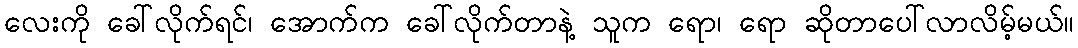
လေးကို ခေါ်လိုက်ရင်၊ အောက်က ခေါ်လိုက်တာနဲ့ သူက ရော၊ ရော ဆိုတာပေါ်လာလိမ့်မယ်။